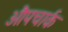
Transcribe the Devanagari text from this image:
औपचार्क